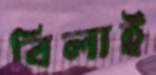
বিলাই